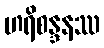
ဟရိစန္ဒနဿ